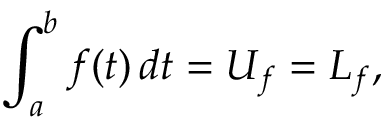
\int _ { a } ^ { b } { f ( t ) \, d t } = U _ { f } = L _ { f } , \,